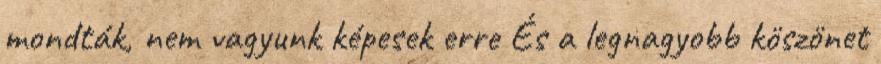
mondták, nem vagyunk képesek erre És a legnagyobb köszönet